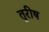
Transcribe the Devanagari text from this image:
तुरीष